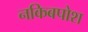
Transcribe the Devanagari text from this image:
नकिबपोश